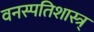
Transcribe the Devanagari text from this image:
वनस्पतिशास्त्र्